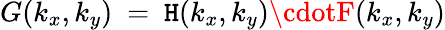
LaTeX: G(k_{x},k_{y})~=~\mathtt{H}(k_{x},k_{y})\cdotF(k_{x},k_{y})